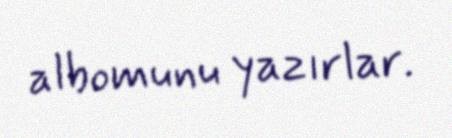
albomunu yazırlar.